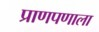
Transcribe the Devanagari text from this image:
प्राणपणाला